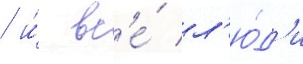
/ и́ вс'е́ л'ю́д'и